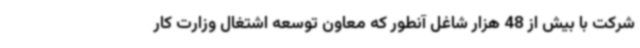
شرکت با بیش از 48 هزار شاغل آنطور که معاون توسعه اشتغال وزارت کار